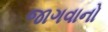
જાગવાનો